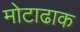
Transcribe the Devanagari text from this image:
मोटाढाक